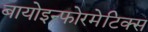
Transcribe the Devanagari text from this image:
बायोइन्फोरमेटिक्स